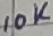
Text: 10K